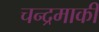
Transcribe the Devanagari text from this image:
चन्द्रमाकी